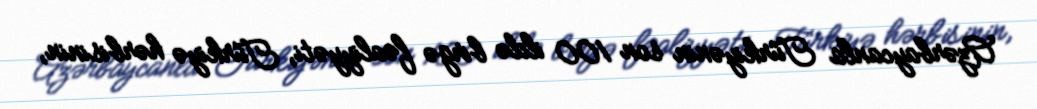
Azərbaycanla Türkiyənin son 100 ildə birgə fəaliyyəti, Türkiyə hərbisinin,